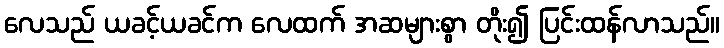
လေသည် ယခင့်ယခင်က လေထက် အဆများစွာ တိုး၍ ပြင်းထန်လာသည်။